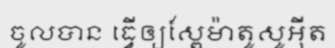
ចូលបាន ធ្វើឲ្យស្ពែម៉ាតូសូអ៊ីត